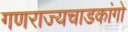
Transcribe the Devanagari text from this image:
गणराज्यचाडकांगो